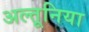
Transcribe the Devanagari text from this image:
अल्तूनिया